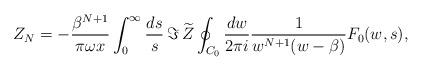
LaTeX: \begin{align*}Z_N=-{\beta^{N+1}\over\pi\omega x}\int_0^\infty{ds\over s}\, \Im\,\widetilde Z \oint_{C_0}{dw\over2\pi i}{1\over w^{N+1}(w-\beta)}F_0(w,s),\end{align*}